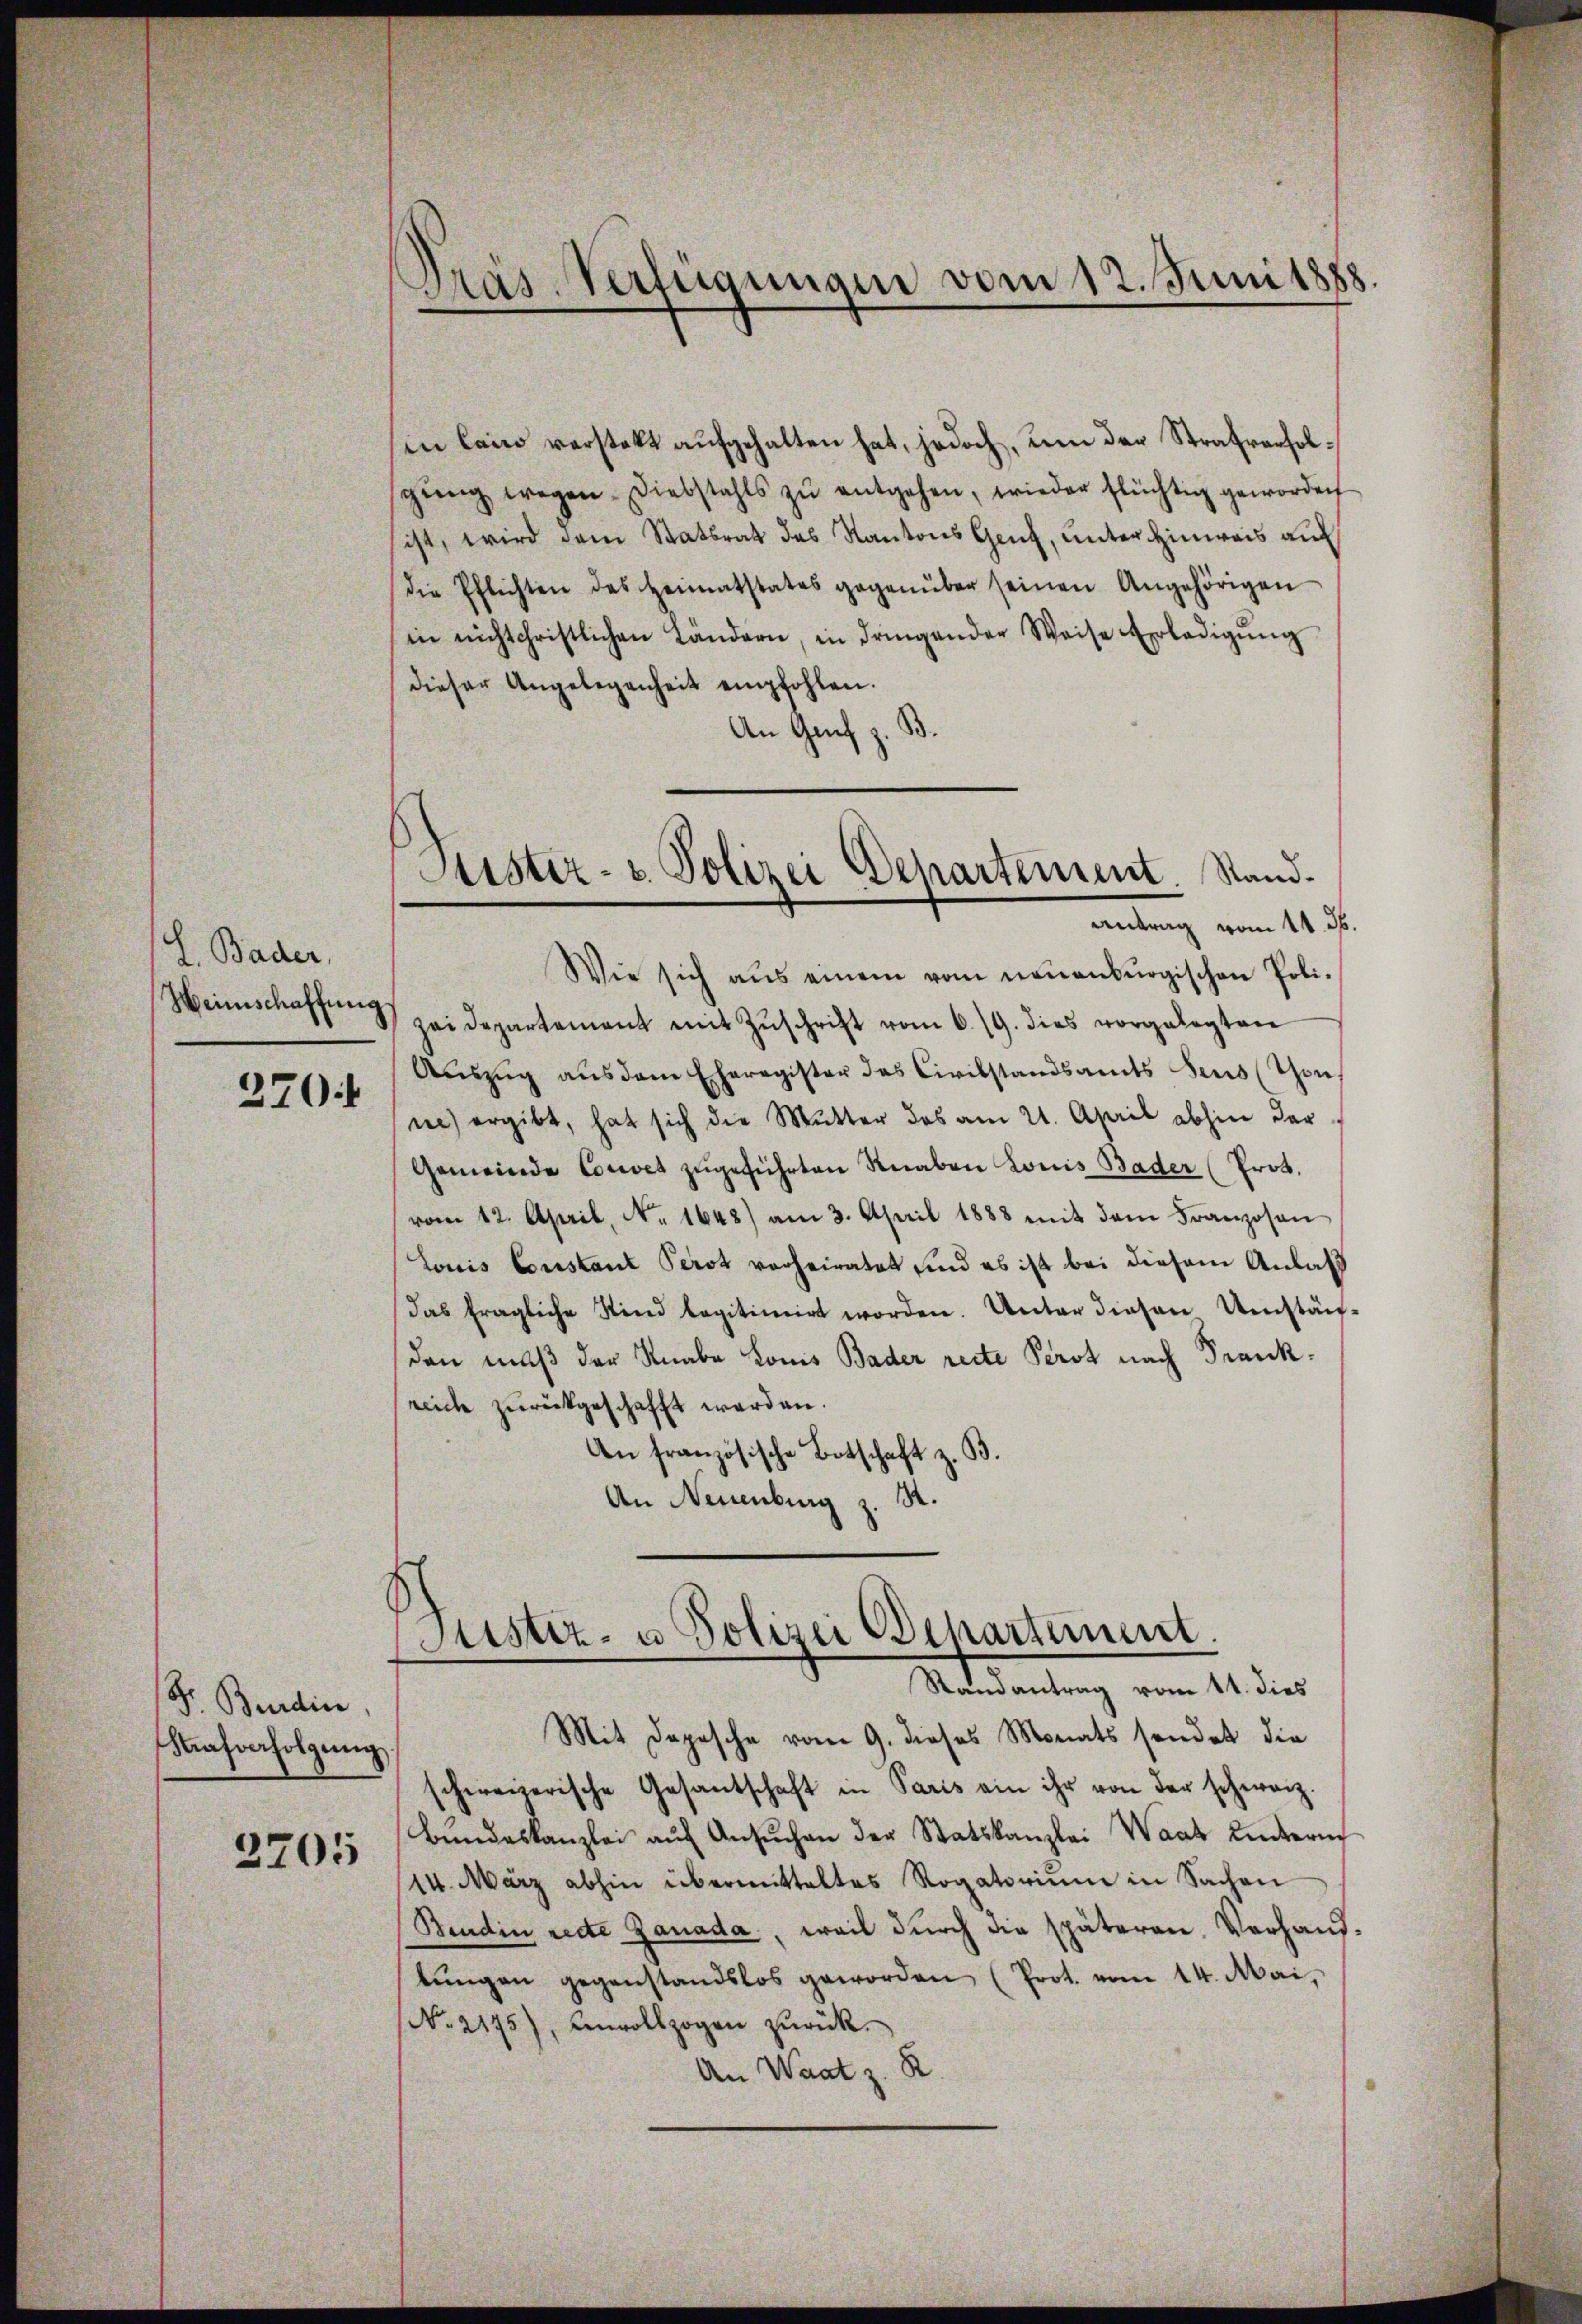
2
 Bader,
Heinschaffung.

270:

Dr. Beerdin
Kafverfolgŭng.

2705

Pras-Verfügungen vom 12. Juni 1888.

Sistiz- u. Polizei Departement. Stand¬
Antrag vom 11. ds.

en lain verstekt aufgehalten hat, jedoch, um der Strafrecholsgŭng wegen Diebstahls zŭ entgehen, wieder flüchtig geworden
ist, wird dem Statsrat des Kantons Genf, unter Hinweis auf
die Pflichten des Heimatstates gegenüber seinen Angehörigen
in nichtchristlichen Ländern, in dringender Weise Erledigŭng
dieser Angelegenheit empfohlen.
An Genf z. B.
Wie sich aus einem vom neuenburgischen Poli-
zei departement mit Zŭschrift vom 6. 19. dies vorgelegten
Aŭszŭg aŭs dem Eheregister das Civilstandsamts Sens (Thon,
ne) ergibt, hat sich die Mutter das am 21. April abhin der
Gemeinde Couvet zugeführten Knaben Louis Bader (Prot.
vom 12. April, No. 1648) am 3. April 1888 mit dem Franzosen
Louis Constanz Perot vorheiratet sind es ist bei diesem Anlaß
das fragliche Sind legitimirt worden. Unter diesen Umstän-
den muß der Knabe Komis Bader recte Perst nach Frankreiche zurückgeschafft werden.
An französische Botschaft z. B.
1.
An Neuenburg

Justiz- u Polizei Departement.
Randantrag vom 11. dies

Mit Depesche vom 9. dieses Monats sendet die
schweizerische Gesantschaft in Paris ein ihr von der schweiz.
Bundeskanzlei aŭf Ansŭchen der Statskanzlei Waat hinterne
14. März abhin übermitteltes Rogatoriŭm in Sachen
Bindin recte Zanada, weil durch die späteren Verhauslŭngen gegenstandslos geworden (Prot. vom 14. Mai,
No. 2175), unvollzogen zŭrück.
An Waat z. R.